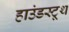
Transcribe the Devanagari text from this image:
हाउंडस्टूथ